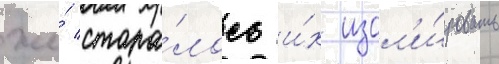
же́ стара́лось и́х изол'и́ровать